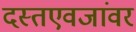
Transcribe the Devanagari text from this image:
दस्तएवजांवर